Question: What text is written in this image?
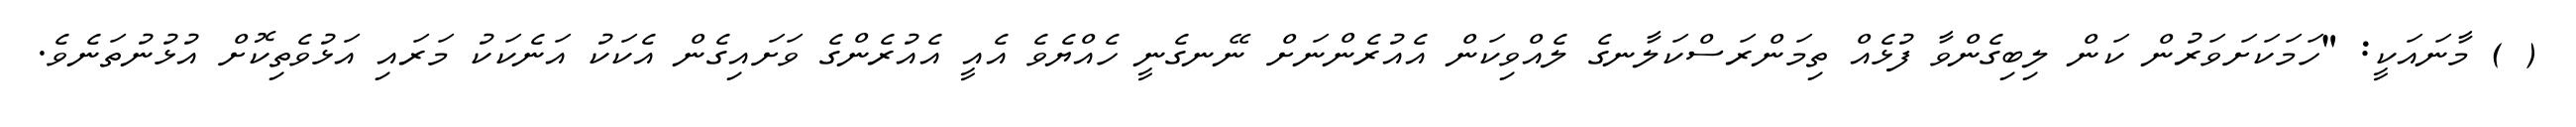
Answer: ( ) މާނައަކީ: "ހަމަކަށަވަރުން ކަން ލިބިގެންވާ ފުޅެއް ތިމަންރަސްކަލާނގެ ލެއްވިކަން އެއުރެންނަށް ނޭނގެނީ ހެއްޔެވެ އެއީ އެއުރެންގެ ވަށައިގެން އެކަކު އަނެކަކު މަރައި އަޅުވެތިކޮށް އުޅުނުތަނެވެ.